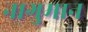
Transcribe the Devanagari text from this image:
नागुमान